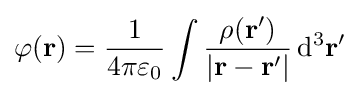
\varphi \mathbf {(r)} ={\frac {1}{4\pi \varepsilon _{0}}}\int {\frac {\rho (\mathbf {r'} )}{|\mathbf {r} -\mathbf {r'} |}}\,\mathrm {d^{3}} \mathbf {r'}